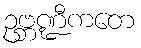
ဥဗ္ဘဏ္ဍီကတေ